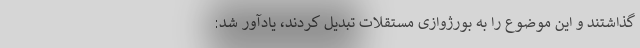
گذاشتند و این موضوع را به بورژوازی مستقلات تبدیل کردند، یادآور شد: